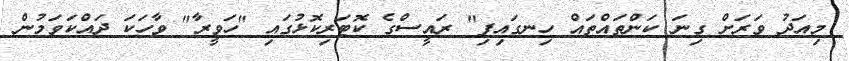
މިއަދު ވަރަށް ގިނަ ކަންތައްތައް ހިނގައިފި" ރައީސްގެ ކޮޓަރިކޮޅުގައި "ހަވީރާ" ވާހަކަ ދައްކަވަމުން